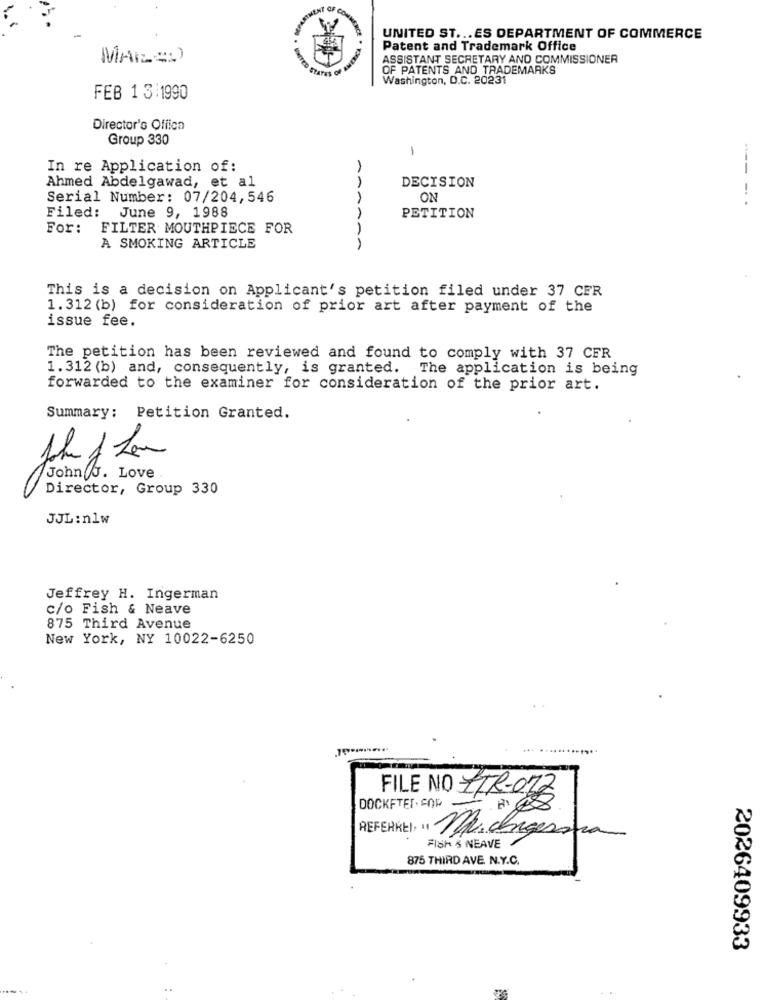
UNITED ST ... ES DEPARTMENT OF COMMERCE
Patent and Trademark Office
MAL=)
ASSISTANT SECRETARY AND COMMISSIONER
OF PATENTS AND TRADEMARKS
Washington, D.C. 20231
FEB 1 3:1990
Director's Offica
Group 330
-
In re Application of:
DECISION
Ahmed Abdelgawad, et al
Serial Number: 07/204,546
1
ON
----
Filed: June 9, 1988
PETITION
For:
FILTER MOUTHPIECE FOR
A SMOKING ARTICLE
This is a decision on Applicant's petition filed under 37 CER
1.312 (b) for consideration of prior art after payment of the
issue fee.
The petition has been reviewed and found to comply with 37 CFR
1.312 (b) and, consequently, is granted. The application is being
forwarded to the examiner for consideration of the prior art.
Summary: Petition Granted.
John J. Love
Director, Group 330
JJL:n1w
Jeffrey H. Ingerman
c/o Fish & Neave
875 Third Avenue
New York, NY 10022-6250
FILE NO ZTR-022
DOCKFTET.FOR -
REFERKEI: » M.Ingesso
Fish & NEAVE
875 THIRD AVE. N.Y.C.
2026409933